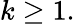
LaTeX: k\geq 1.